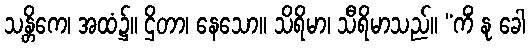
သန္တိကေ၊ အထံ၌။ ဌိတာ၊ နေသော။ သိရိမာ၊ သီရိမာသည်။ “ကိံ နု ခေါ